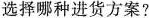
选择哪种进货方案？